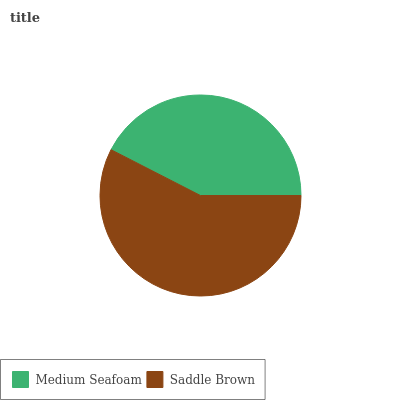
| Medium Seafoam | Saddle Brown |
 | --- | --- |
 | 42.5% | 57.5% |